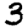
Digit: 3